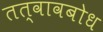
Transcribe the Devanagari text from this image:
तत्वावबोध